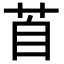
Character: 𦤅